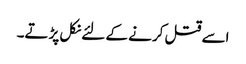
اسے قتل کرنے کے لئے نکل پڑتے۔